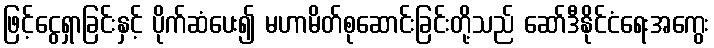
ဖြင့်ငွေရှာခြင်းနှင့် ပိုက်ဆံပေး၍ မဟာမိတ်စုဆောင်းခြင်းတို့သည် ဆော်ဒီနိုင်ငံရေးအကွေး